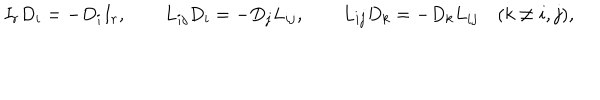
LaTeX: I _ { r } D _ { i } = - D _ { i } I _ { r } , \qquad L _ { i j } D _ { i } = - D _ { j } L _ { i j } , \qquad L _ { i j } D _ { k } = - D _ { k } L _ { i j } \quad ( k \ne i , j ) ,